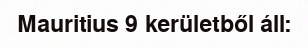
Mauritius 9 kerületből áll: